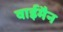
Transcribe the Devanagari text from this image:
वाईमैन